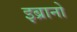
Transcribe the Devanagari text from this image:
इब्रानो